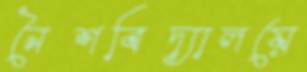
নৈশবিদ্যালয়ে